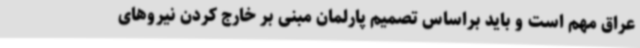
عراق مهم است و باید براساس تصمیم پارلمان مبنی بر خارج کردن نیروهای